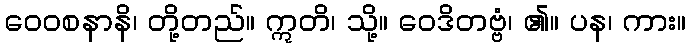
ဝေဝစနာနိ၊ တို့တည်။ ဣတိ၊ သို့။ ဝေဒိတဗ္ဗံ၊ ၏။ ပန၊ ကား။